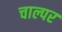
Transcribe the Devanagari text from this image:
चाल्पर